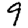
Digit: 9